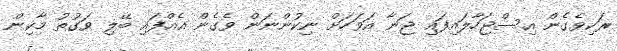
ރަކިވެގެން އިސްޖަހާލައިފައި ޖަނާ އަވަހަށް ނިކުންނަން ވެގެން އެއްފައި ބޭލި ވަގުތު މާކިން